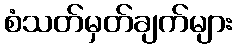
စံသတ်မှတ်ချက်များ